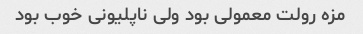
مزه رولت معمولی بود ولی ناپلیونی خوب بود